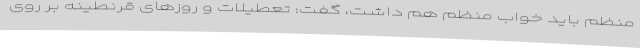
منظم باید خواب منظم هم داشت، گفت: تعطیلات و روزهای قرنطینه بر روی